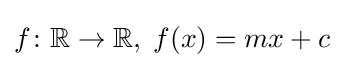
f\colon \mathbb {R} \to \mathbb {R} ,\;f(x)=mx+c